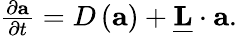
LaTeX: \begin{array}{r}{\frac{\partial\mathbf{a}}{\partial t}=D\left(\mathbf{a}\right)+\underline{{\mathbf{L}}}\cdot\mathbf{a}.}\end{array}